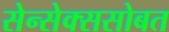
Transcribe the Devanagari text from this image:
सेन्सेक्ससोबत